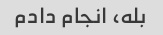
بله، انجام دادم